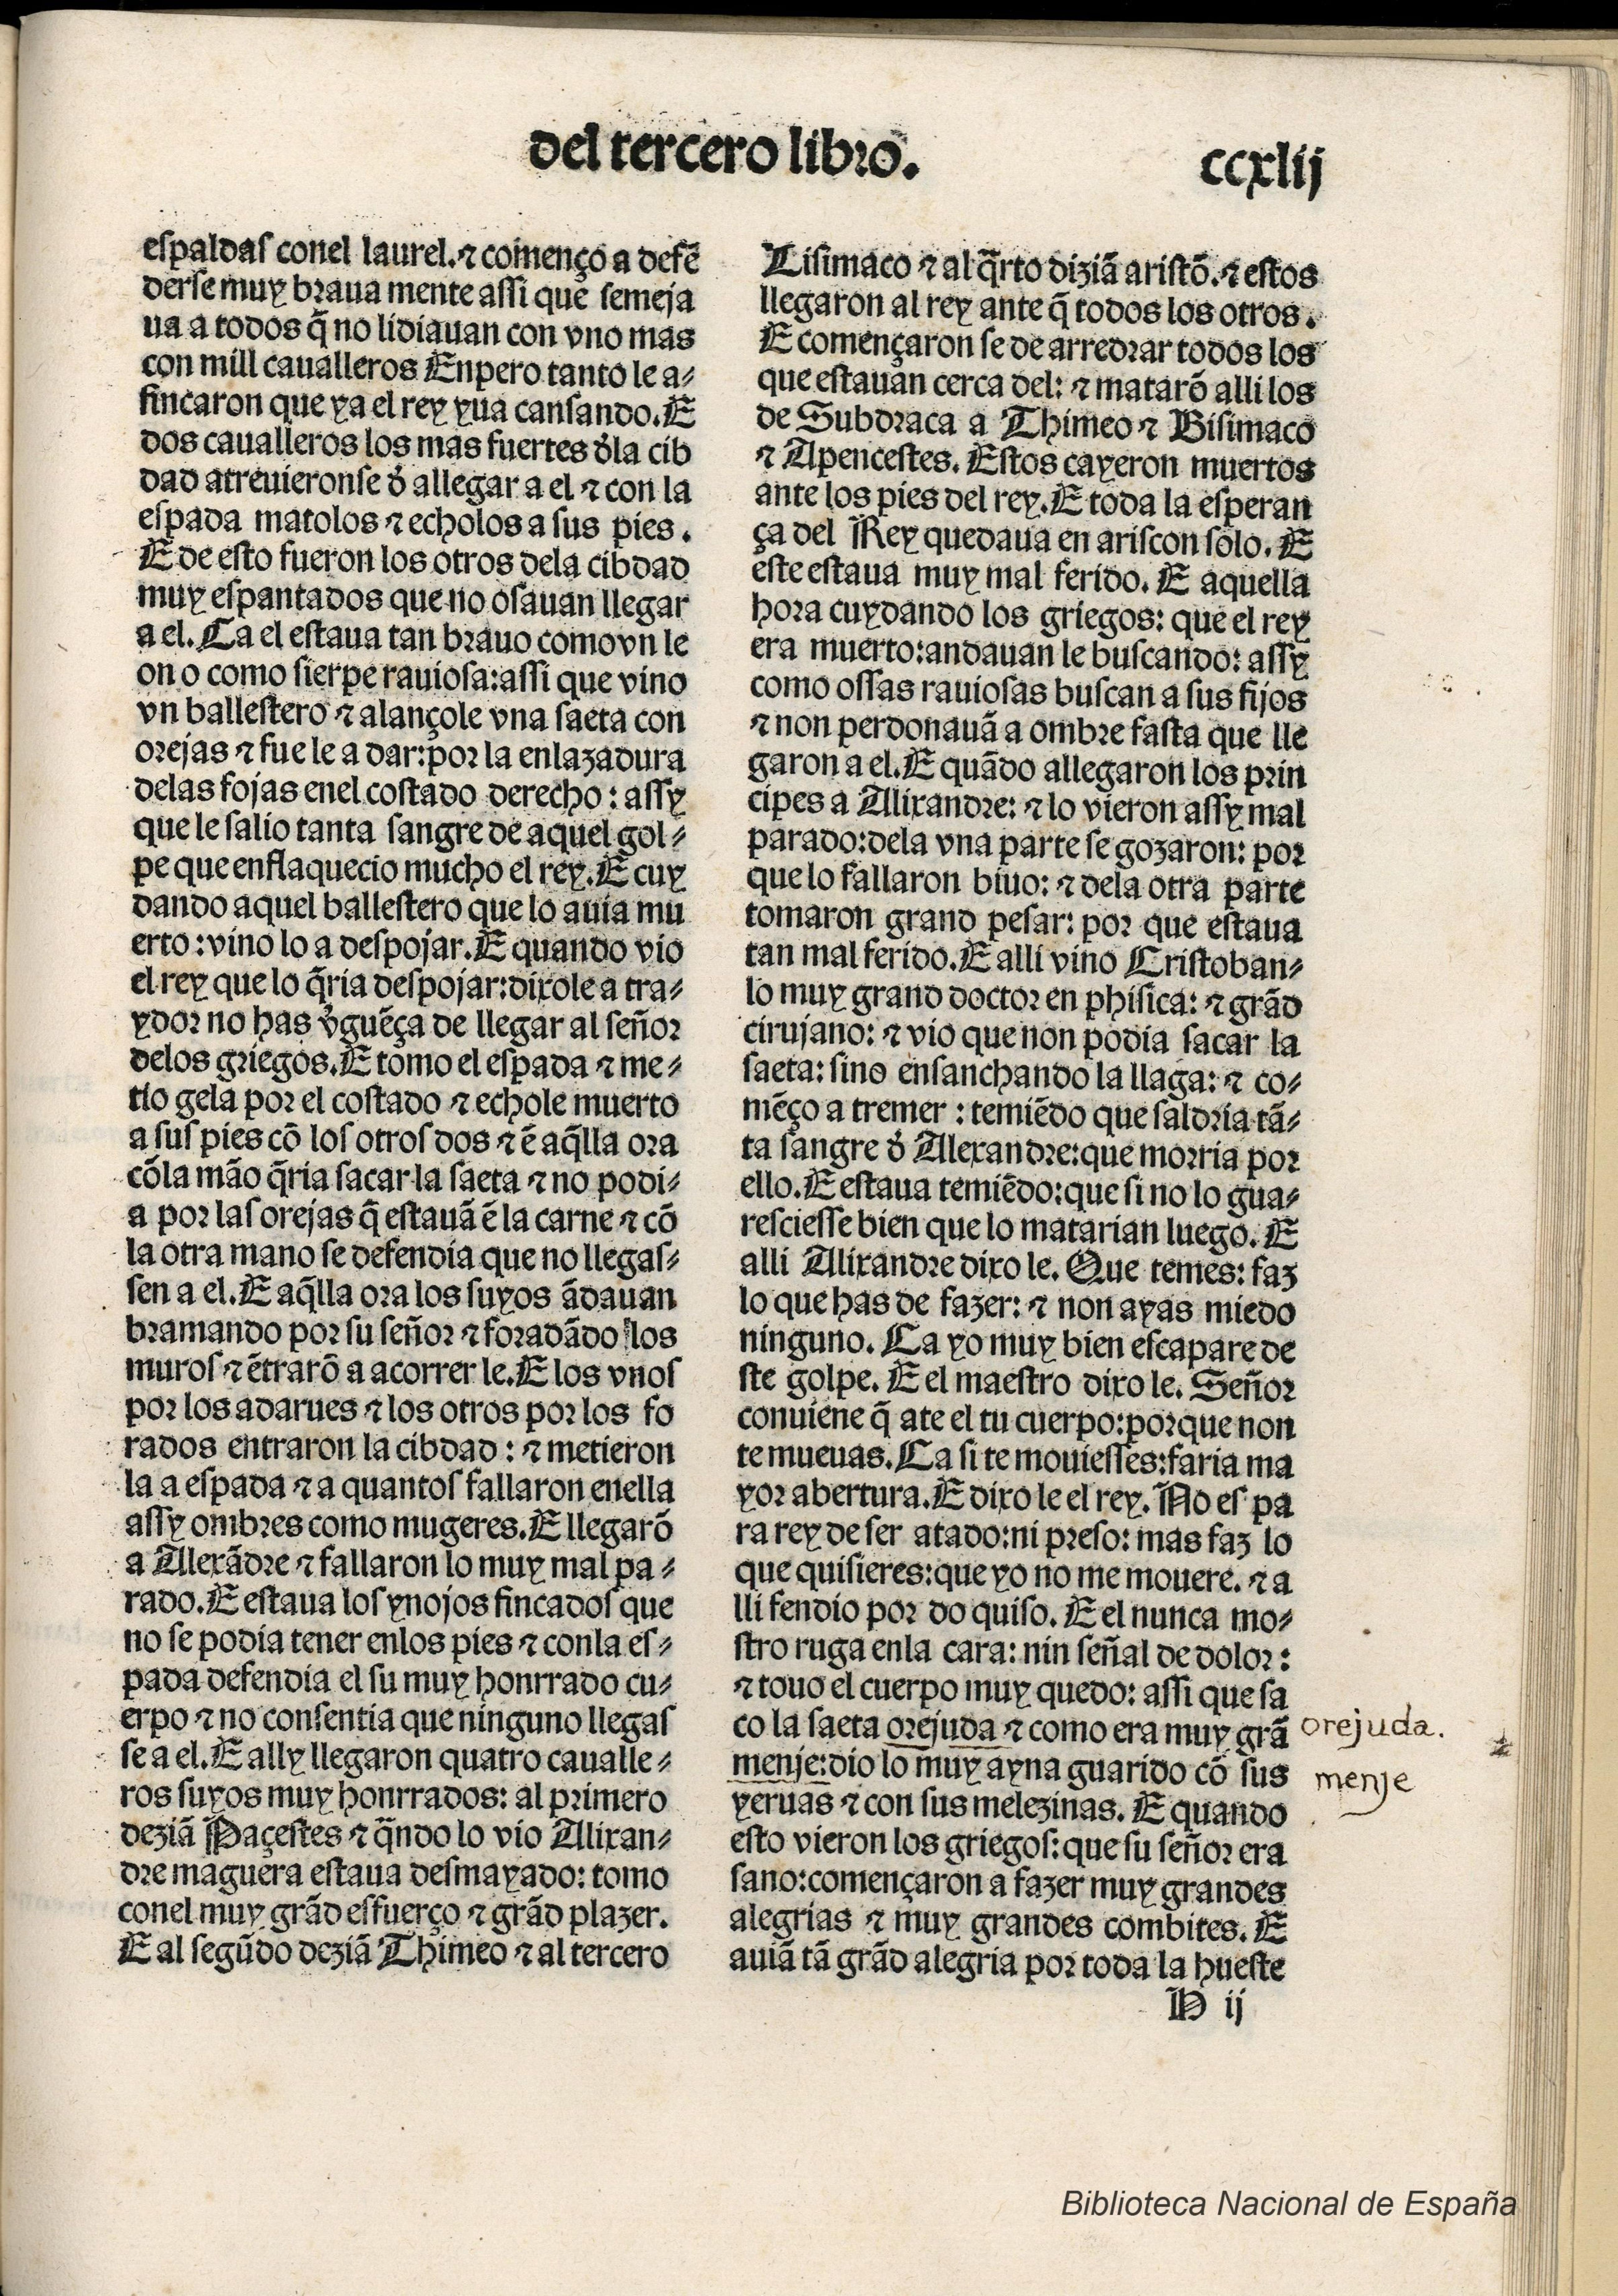
Shelfmark: Madrid, BNE, Inc. 901
Century: 15